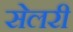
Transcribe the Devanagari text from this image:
सेलरी